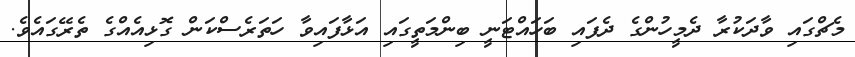
މެޗްގައި ވާދަކުރާ ދެމީހުންގެ ދެފައި ބަހައްޓަނީ ބިންމަތީގައި އަޅާފައިވާ ހަތަރެސްކަން ގޮޅިއެއްގެ ތެރޭގައެވެ.